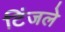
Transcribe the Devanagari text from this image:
टिंजले